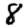
Digit: 8